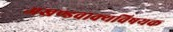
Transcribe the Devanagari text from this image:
अखण्डवाक्यविषयक